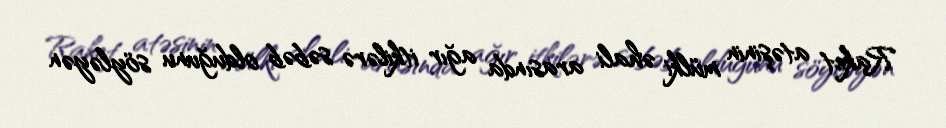
Raket atəşinin mülki əhali arasında ağır itkilərə səbəb olduğunu söyləyən